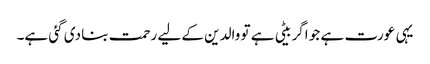
یہی عورت ہے جو اگر بیٹی ہے تو والدین کے لیے رحمت بنا دی گئی ہے۔